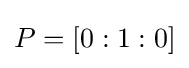
P=[0:1:0]